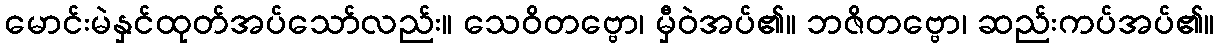
မောင်းမဲနှင်ထုတ်အပ်သော်လည်း။ သေဝိတဗ္ဗော၊ မှီဝဲအပ်၏။ ဘဇိတဗ္ဗော၊ ဆည်းကပ်အပ်၏။